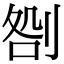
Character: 𠝪